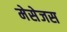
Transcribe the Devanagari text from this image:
मेसेजस